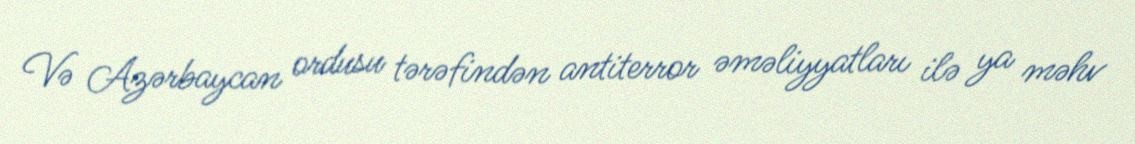
Və Azərbaycan ordusu tərəfindən antiterror əməliyyatları ilə ya məhv